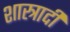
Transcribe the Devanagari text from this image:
शास्त्रादी